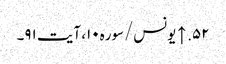
۵۲. ↑ یونس/سوره۱۰، آیت ۹۱۔